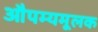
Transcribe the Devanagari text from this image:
औपम्यमूलक